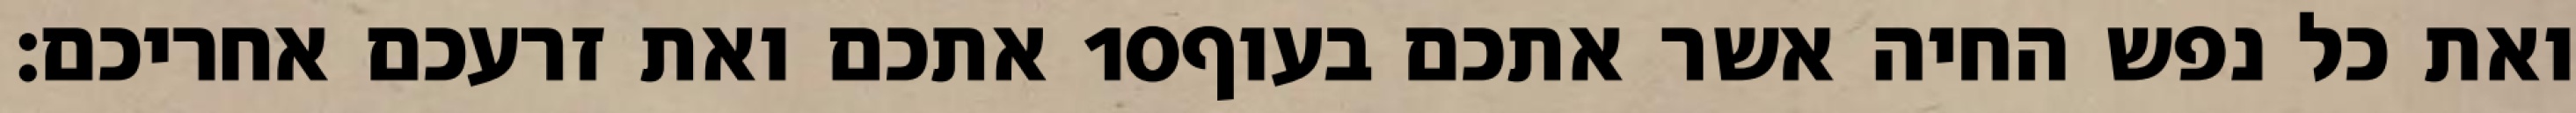
אתכם ואת זרעכם אחריכם׃ ‎10‏ ואת כל נפש החיה אשר אתכם בעוף